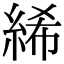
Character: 絺